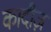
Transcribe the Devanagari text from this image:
कादीज़